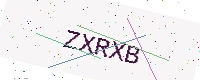
Text: ZXRXB